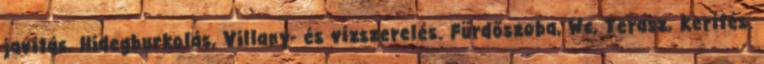
javítás, Hidegburkolás, Villany- és vízszerelés. Fürdőszoba, Wc, Terasz, Kerítés.